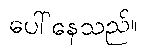
ပေါ်နေသည်။